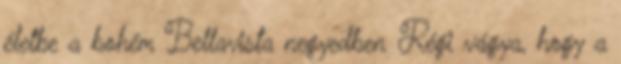
életbe a bohém Bellavista negyedben Régi vágya, hogy a